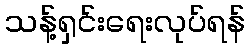
သန့်ရှင်းရေးလုပ်ရန်